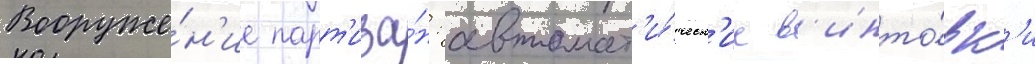
Вооруже́н'ие парт'иза́н: автомат'и́ческ'ие в'инто́вк'и